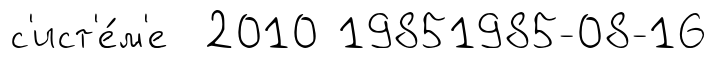
с'ист'е́м'е 2010 19851985-08-16